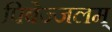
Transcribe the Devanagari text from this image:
पिबेज्जलम्